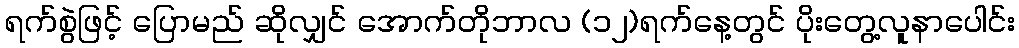
ရက်စွဲဖြင့် ပြောမည် ဆိုလျှင် အောက်တိုဘာလ (၁၂)ရက်နေ့တွင် ပိုးတွေ့လူနာပေါင်း